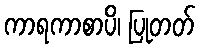
ကာရကာစာပိ၊ ပြုတတ်